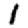
Digit: 1